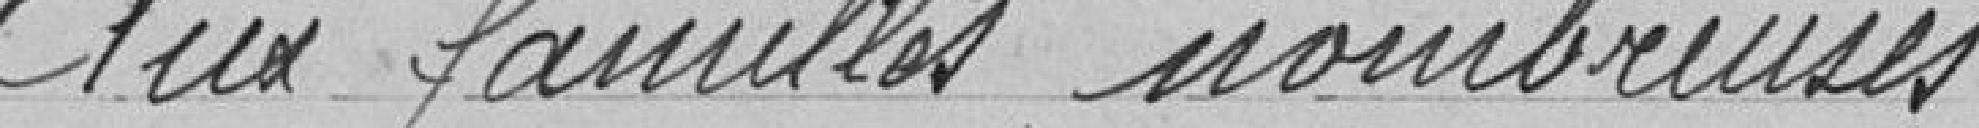
Aux familles nombreuses